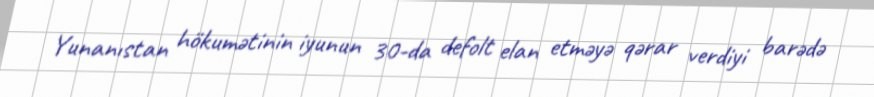
Yunanıstan hökumətinin iyunun 30-da defolt elan etməyə qərar verdiyi barədə